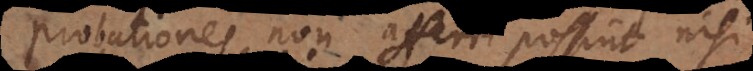
probationes non afferri possint nisi